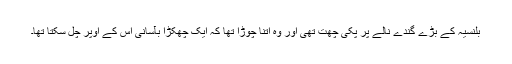
بلنسیہ کے بڑے گندے نالے پر پکی چھت تھی اور وہ اِتنا چوڑا تھا کہ ایک چھکڑا بآسانی اُس کے اُوپر چل سکتا تھا۔